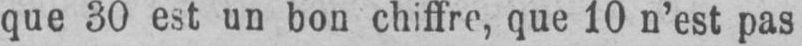
que 30 est un bon chiffre, que 10 n’est pas